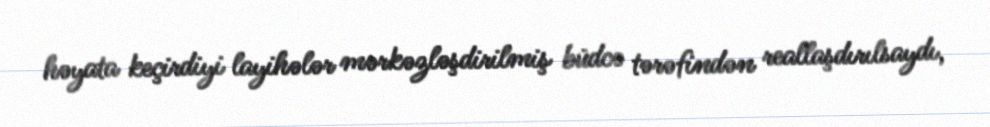
həyata keçirdiyi layihələr mərkəzləşdirilmiş büdcə tərəfindən reallaşdırılsaydı,